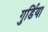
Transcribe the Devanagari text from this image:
गुर्डिया